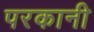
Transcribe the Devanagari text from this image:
परकानी